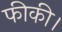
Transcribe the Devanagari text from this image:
फीकी।